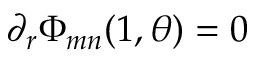
\partial _ { r } \Phi _ { m n } ( 1 , \theta ) = 0